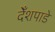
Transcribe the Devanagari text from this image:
देँशपाडे